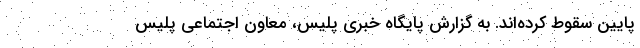
پایین سقوط کرده‌اند. به گزارش پایگاه خبری پلیس، معاون اجتماعی پلیس